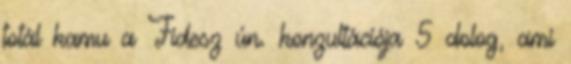
totál kamu a Fidesz ún. konzultációja 5 dolog, ami